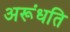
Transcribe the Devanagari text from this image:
अरूंधति